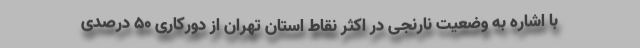
با اشاره به وضعیت نارنجی در اکثر نقاط استان تهران از دورکاری ۵۰ درصدی